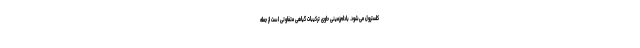
کلسترول می‌شود. بادام‌زمینی حاوی ترکیبات گیاهی متفاوتی است از جمله